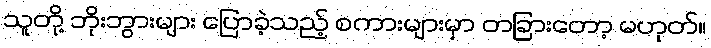
သူတို့ ဘိုးဘွားများ ပြောခဲ့သည့် စကားများမှာ တခြားတော့ မဟုတ်။